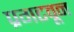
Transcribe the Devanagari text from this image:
प्रगटवून